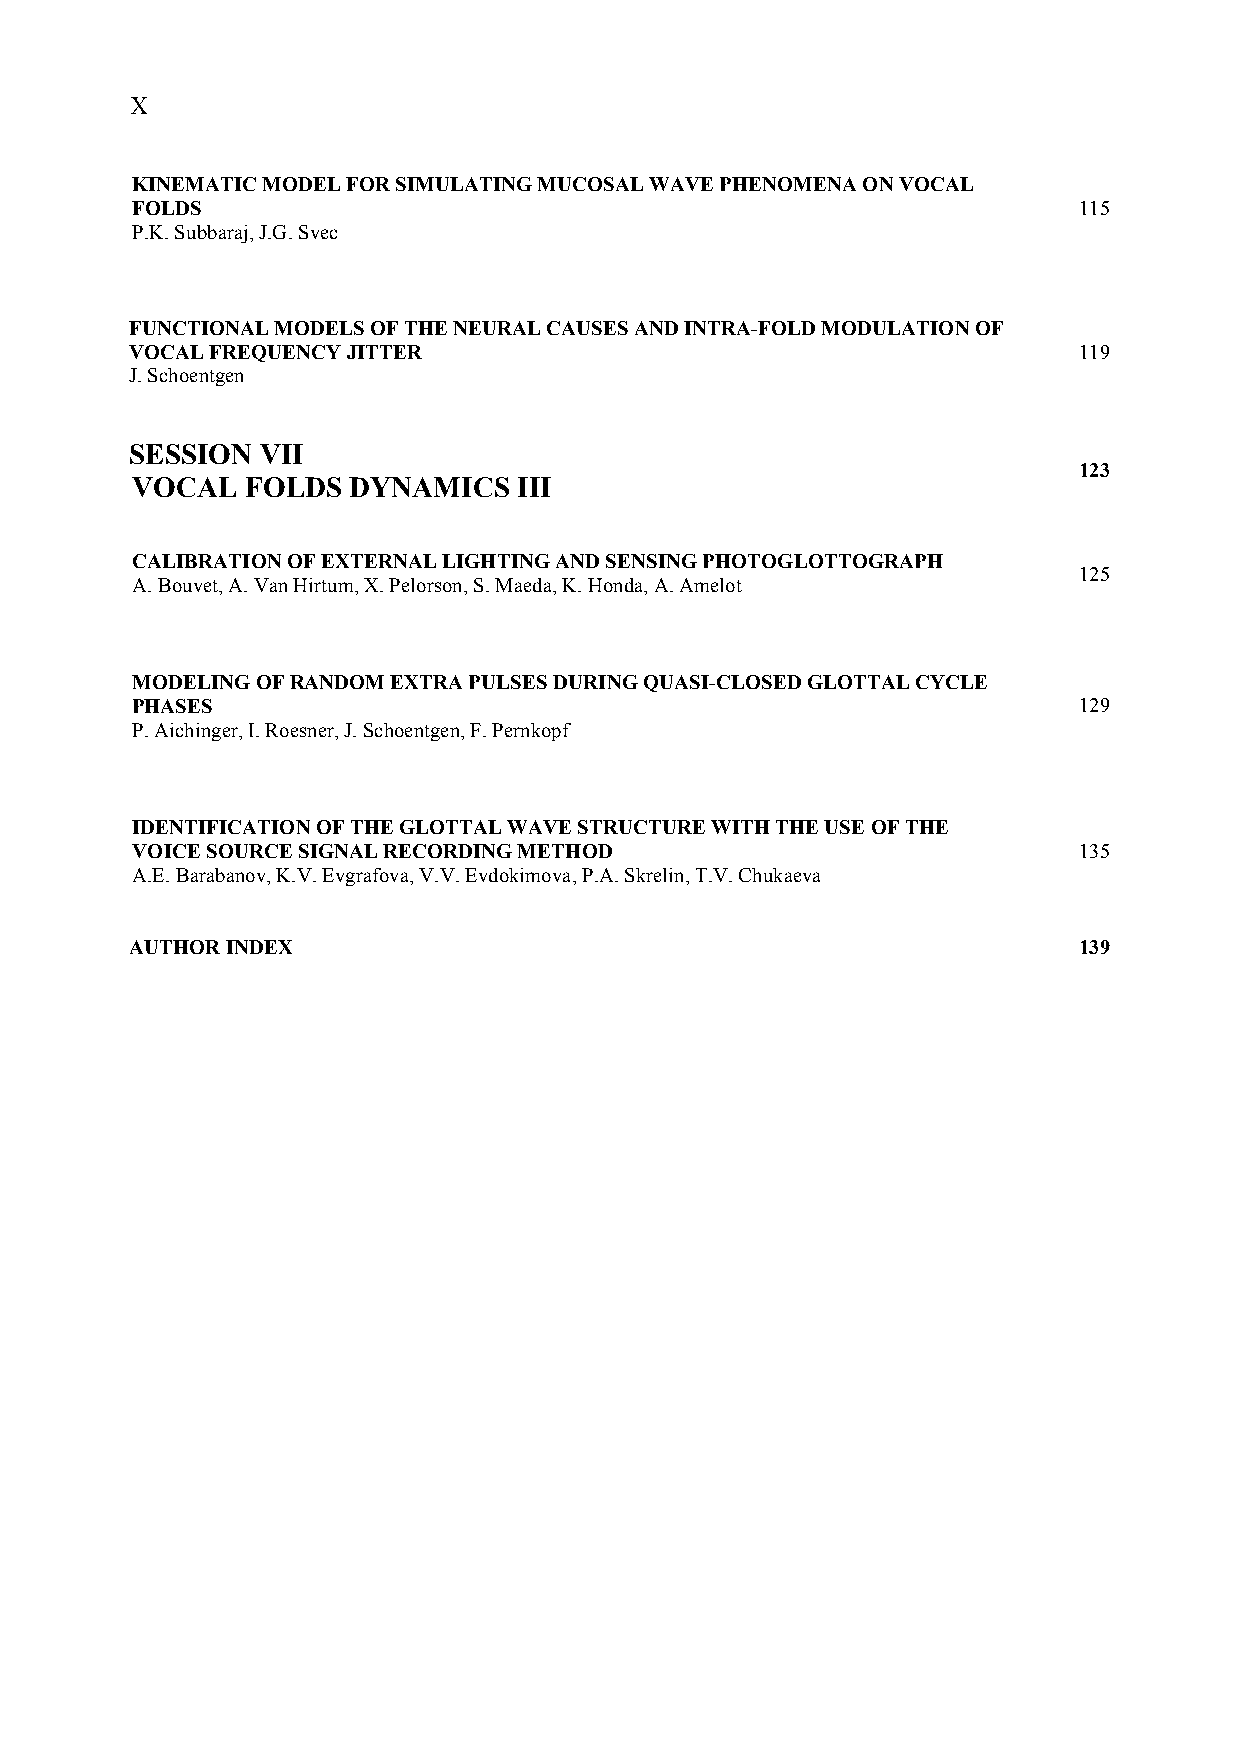
X
 KINEMATIC MODEL FOR SIMULATING MUCOSAL WAVE PHENOMENA ON VOCAL
 FOLDS                                                         115
 P.K. Subbaraj, J.G. Svec
 FUNCTIONAL MODELS OF THE NEURAL CAUSES AND INTRA-FOLD MODULATION OF
 VOCAL FREQUENCY JITTER                                        119
 J.Schoentgen
 SESSION VII
 123
 VOCAL  FOLDS  DYNAMICS   III
 CALIBRATION OF EXTERNAL LIGHTING AND SENSING PHOTOGLOTTOGRAPH
 125
 A.Bouvet, A. Van Hirtum, X. Pelorson, S. Maeda, K. Honda, A. Amelot
 MODELING OF RANDOM EXTRA PULSES DURING QUASI-CLOSED GLOTTAL CYCLE
 PHASES                                                        129
 P.Aichinger, I. Roesner, J. Schoentgen, F. Pernkopf
 IDENTIFICATION OF THE GLOTTAL WAVE STRUCTURE WITH THE USE OF THE
 VOICE SOURCE SIGNAL RECORDING METHOD                          135
 A.E. Barabanov, K.V. Evgrafova, V.V. Evdokimova, P.A. Skrelin, T.V. Chukaeva
 AUTHOR INDEX                                                  139